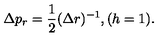
\Delta p _ { r } = \frac { 1 } { 2 } ( \Delta r ) ^ { - 1 } , ( h = 1 ) .